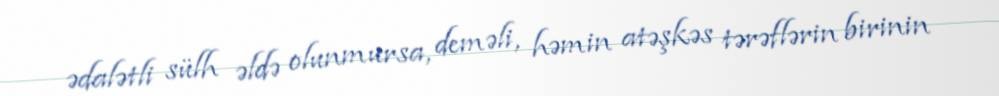
ədalətli sülh əldə olunmursa, deməli, həmin atəşkəs tərəflərin birinin